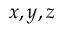
x , y , z